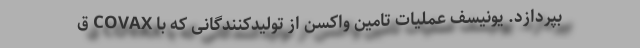
بپردازد. یونیسف عملیات تامین واکسن از تولیدکنندگانی که با COVAX ق